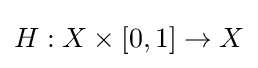
{\textstyle H:X\times [0,1]\rightarrow X}